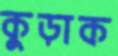
কুড়াক